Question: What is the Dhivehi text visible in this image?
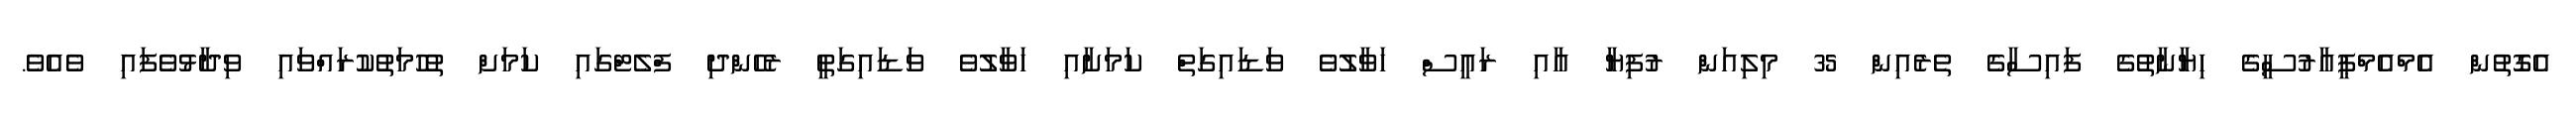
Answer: އެގޮތުން އެމްއެމްޕީއާރުސީގެ ހިޔާނާތުގެ ފައިސާގެ ތެރެއިން 35 މިލިއަން ރުފިޔާ އާއި ރައީސް ހަވާލުވެ ވަޑައިގަތް ކަމަށާއި ހަވާލުވެ ވަޑައިގަތީ ރެހެންދި ފްލެޓްގައި ކަމަށް ތުހުމަތުކުރައްވައި ވިދާޅުވެފައި ވެއެވެ.